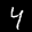
Label: 4